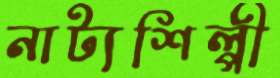
নাট্যশিল্পী